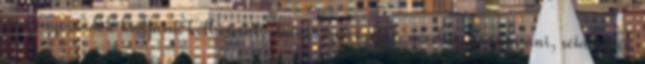
gombnyomádok kódjaira kell etetni, itatni, szeretgetni, nevelni, gyógyítani, sétáltatni,